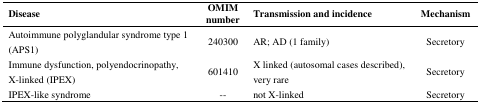
| Disease | OMIM number | Transmission and incidence | Mechanism |
 | --- | --- | --- | --- |
 | Autoimmune polyglandular syndrome type 1 (APS1) | 240300 | AR; AD (1 family) | Secretory |
 | Immune dysfunction, polyendocrinopathy, X-linked (IPEX) | 601410 | X linked (autosomal cases described), very rare | Secretory |
 | IPEX-like syndrome | -- | not X-linked | Secretory |